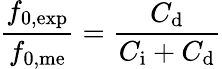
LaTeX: \frac{f_{\mathrm{0,exp}}}{f_{\mathrm{0,me}}}=\frac{C_{\mathrm{d}}}{C_{\mathrm{i}}+C_{\mathrm{d}}}